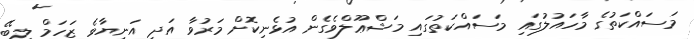
މަސައްކަތުގެ މާހައުލުގައި މަސައްކަތުގައި މަޝްޢޫލްވެގެން އުޅެނިކޮށް މަރުވާ އަދި އަނިޔާވެ ޒަހަމް ލިބޭ